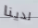
لدينا